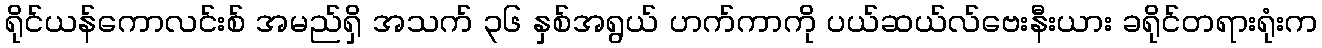
ရိုင်ယန်ကောလင်းစ် အမည်ရှိ အသက် ၃၆ နှစ်အရွယ် ဟက်ကာကို ပယ်ဆယ်လ်ဗေးနီးယား ခရိုင်တရားရုံးက